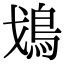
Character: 𩾷